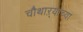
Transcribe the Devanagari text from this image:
चौथाऱ्यांच्या